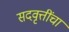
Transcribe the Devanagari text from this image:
सदवृत्तींचा